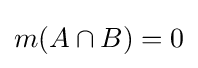
m(A\cap B)=0